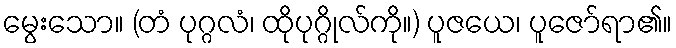
မွေးသော။ (တံ ပုဂ္ဂလံ၊ ထိုပုဂ္ဂိုလ်ကို။) ပူဇယေ၊ ပူဇော်ရာ၏။